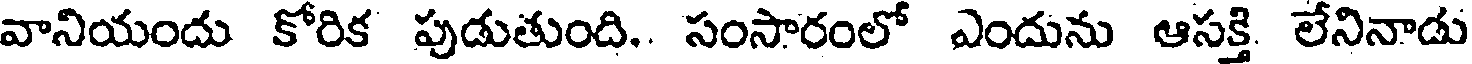
వానియందు కోరిక పుడుతుంది.. సంసారంలో ఎందును ఆసక్తి. లేనినాడు